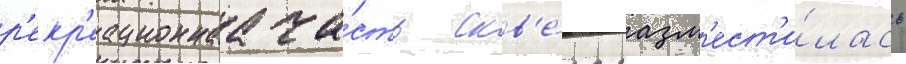
р'екр'еационнаа ча́сть скв'е́ра разм'ест'и́лась